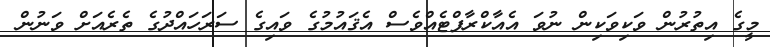
މީގެ އިތުރުން ވަކިވަކިން ނުވަަ އެއާކްރާފްޓެއްވެސް އެޤައުމުގެ ވައިގެ ސަރަހައްދުގެ ތެރެއަށް ވަނުން